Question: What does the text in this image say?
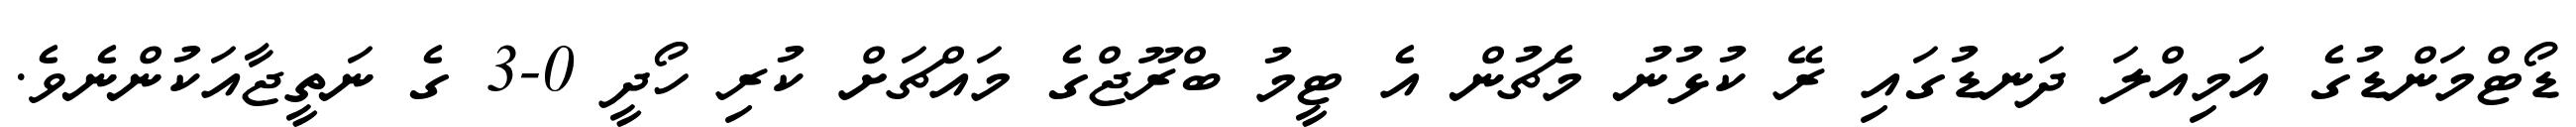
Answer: ޑޯޓްމަންޑުގެ އަމިއްލަ ދަނޑުގައި ރޭ ކުޅުނު މެޗުން އެ ޓީމު ބްރޫޖްގެ މައްޗަށް ކުރި ހޯދީ 0-3 ގެ ނަތީޖާއަކުންނެވެ.